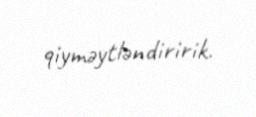
qiyməytləndiririk.